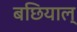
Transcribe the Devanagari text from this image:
बछियाल्